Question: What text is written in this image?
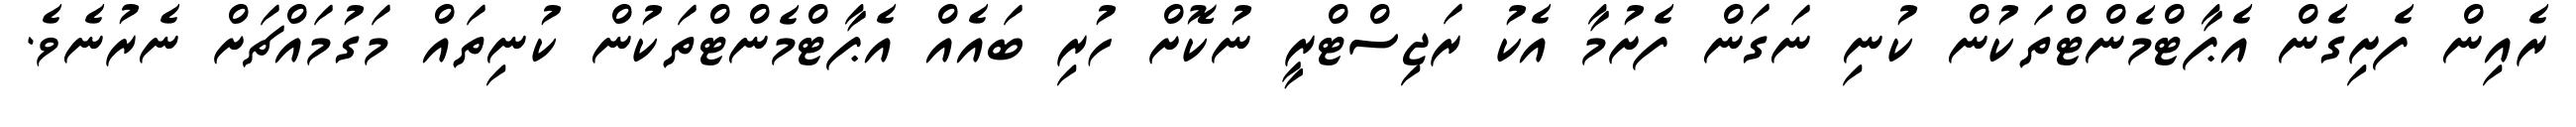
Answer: ރެއިން ފެށިގެން އެޕާޓްމެންޓްތަކުން ކުނި ނަގަން ފެށުމާ އެކު ރަޖިސްޓްރީ ނުކޮށް ހުރި ބައެއް އެޕާޓްމެންޓްތަކުން ކުނިތައް މަގުމައްޗަށް ނެރުނެވެ.